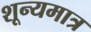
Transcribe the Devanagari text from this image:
शून्यमात्र